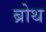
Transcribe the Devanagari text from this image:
ब्रोथ